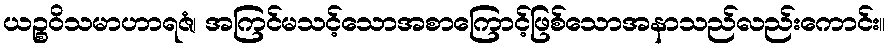
ယဉ္စဝိသမာဟာရဇံ၊ အကြင်မသင့်သောအစာကြောင့်ဖြစ်သောအနာသည်လည်းကောင်း။